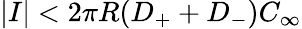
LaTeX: |I|<2\pi R(D_{+}+D_{-})C_{\infty}